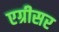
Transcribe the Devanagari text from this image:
एग्रीसर